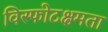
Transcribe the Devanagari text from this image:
विस्फोटक्षमता